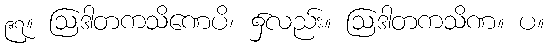
၉၇။ ဩဒါတကသိဏေပိ၊ ၌လည်း။ ဩဒါတကသိဏ။ ပ။